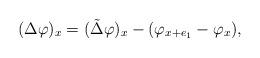
LaTeX: \begin{align*}(\Delta\varphi)_x=(\tilde{\Delta}\varphi)_x-(\varphi_{x+e_1}-\varphi_x),\end{align*}